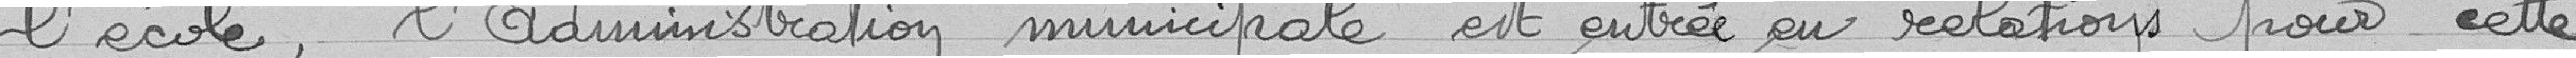
l'école, l'administration municipale est entrée en relations pour cette